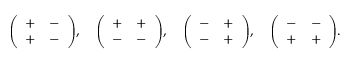
{ \left( \begin{array} { l l } { + } & { - } \\ { + } & { - } \end{array} \right) } , \quad { \left( \begin{array} { l l } { + } & { + } \\ { - } & { - } \end{array} \right) } , \quad { \left( \begin{array} { l l } { - } & { + } \\ { - } & { + } \end{array} \right) } , \quad { \left( \begin{array} { l l } { - } & { - } \\ { + } & { + } \end{array} \right) } .